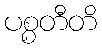
ပစ္စတီတိ